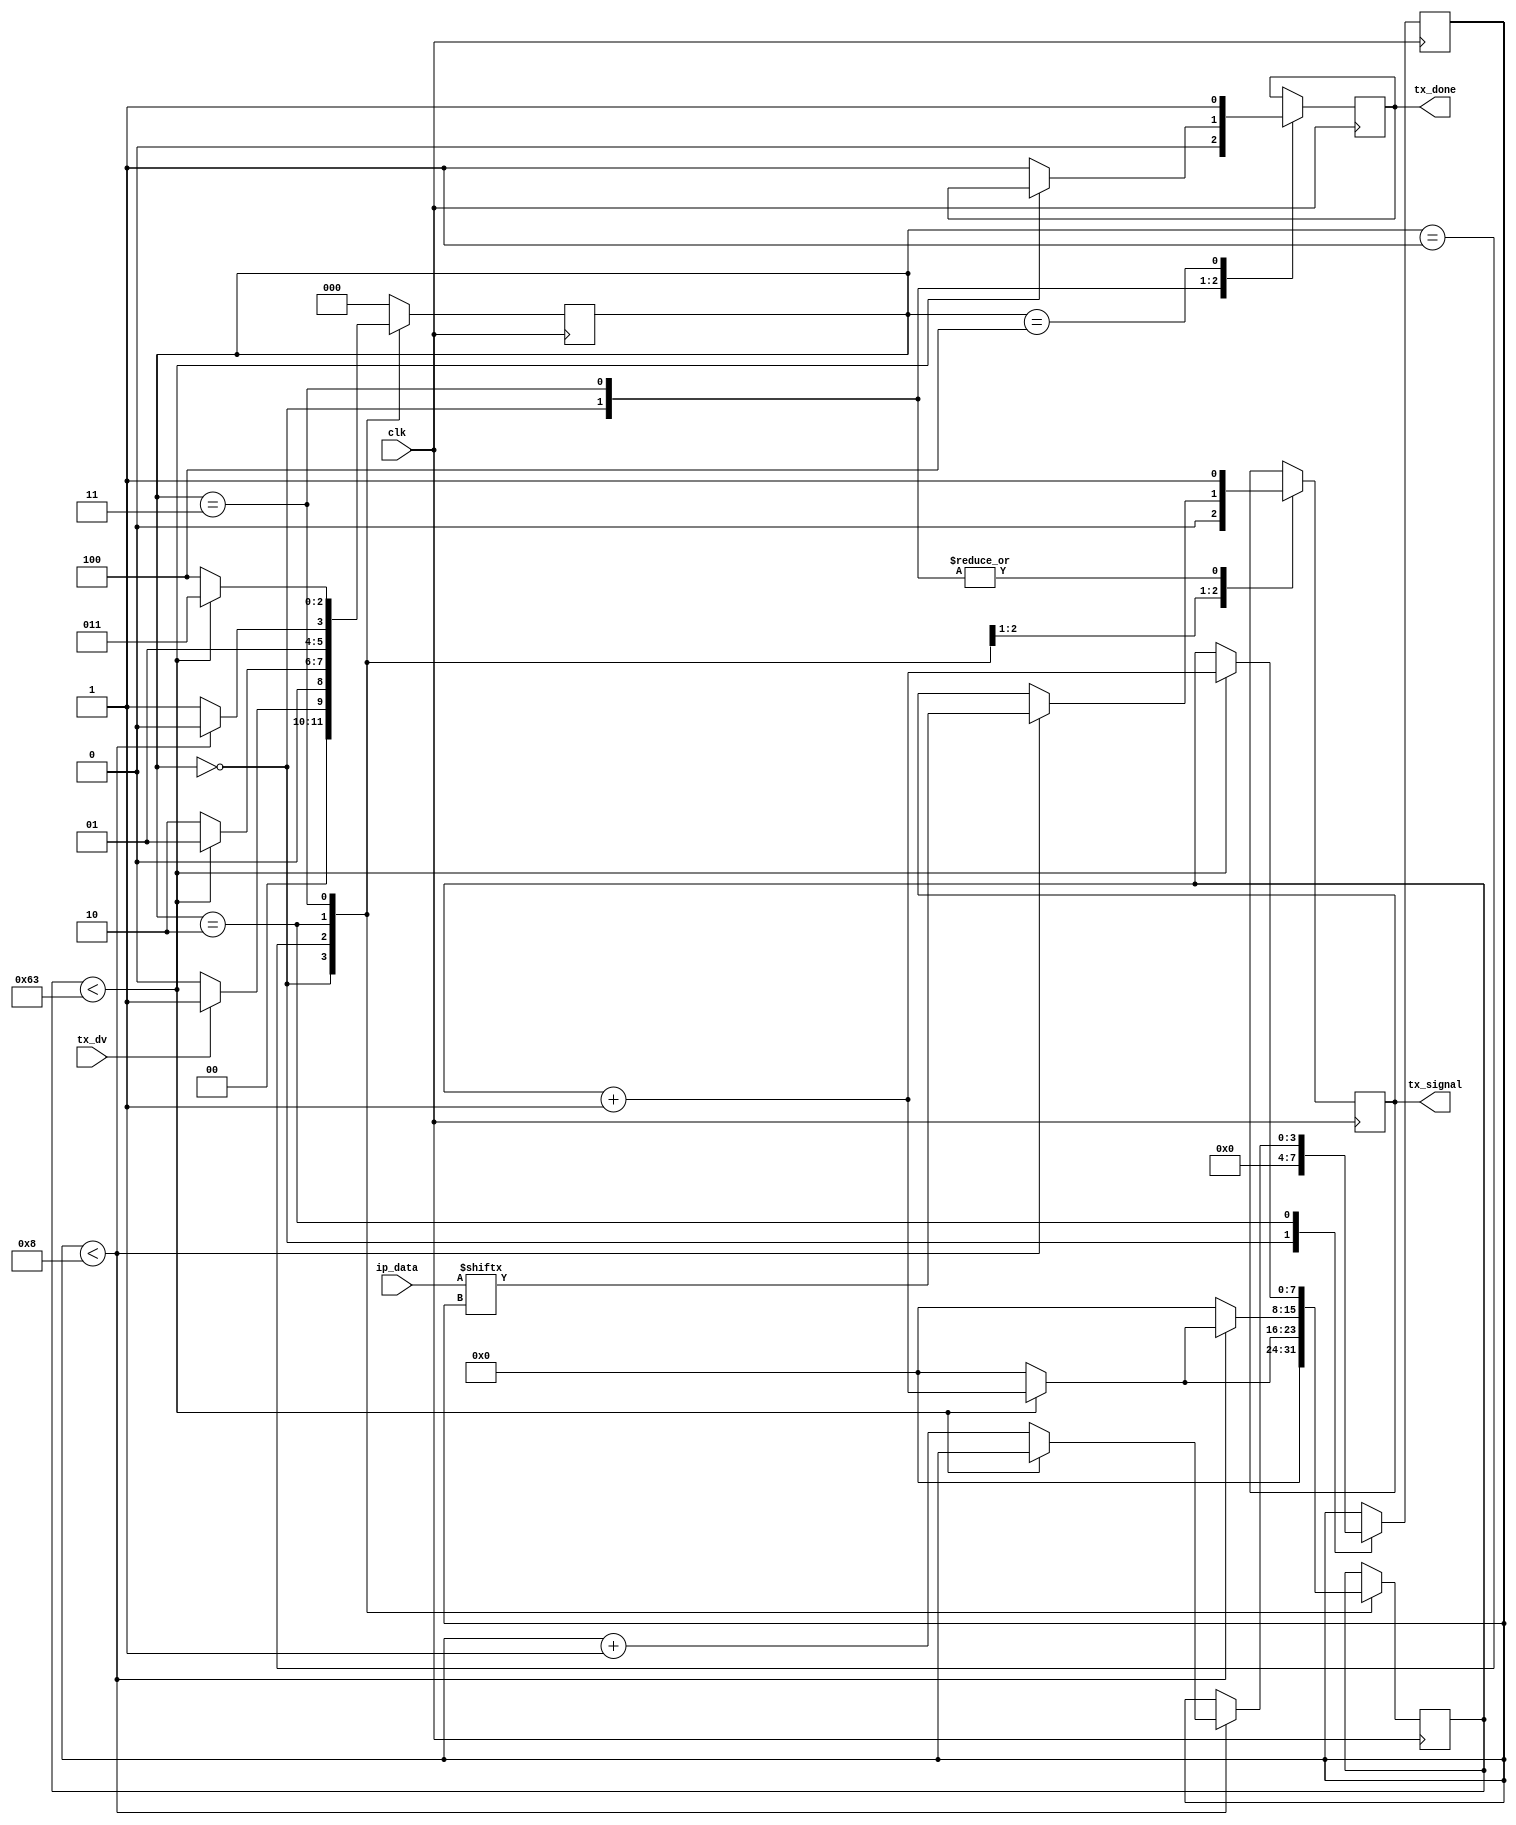
`timescale 1ns / 1ps
//////////////////////////////////////////////////////////////////////////////////
// Company: 
// Engineer: 
// 
// Design Name: 
// Module Name:    uart_tx 
// Project Name: 
// Target Devices: 
// Tool versions: 
// Description: 
//
// Dependencies: 
//
// Revision: 
// Revision 0.01 - File Created
// Additional Comments: 
//clocks per bit = (frequency of clocl avilable)/(baud rate)
//for example:
// if frequency of clock = 10Mhz, selected baud-rate = 115200
// clk_per_bit = (10000000/115200) = 87
//////////////////////////////////////////////////////////////////////////////////
module uart_tx
#(parameter clk_per_bit = 8'd100)
(
	input clk,
	input[7:0] ip_data,
	input tx_dv,
	output tx_signal,
	output tx_done
);

//fsm states
parameter idle  = 3'b000;
parameter start = 3'b001;
parameter data  = 3'b010;
parameter stop  = 3'b011;
parameter clean = 3'b100;

reg[2:0] Ps; //present state
reg[3:0] index;
reg[7:0] count;
reg data_done,tx_op;

always @(posedge clk)
begin
case(Ps)
idle:
		begin
		tx_op <= 1'b1;
		count <= 8'h00;
		index <= 4'h0;
		data_done <= 1'b0;
		if(tx_dv == 1'b1)
			Ps <= start;
		else
			Ps <= idle;
		end
start:
		begin
		tx_op <= 1'b0;
		if(count < clk_per_bit-1)
			begin
				count <= count + 1'b1;
				Ps <= start;
			end
		else
			begin
				count <= 8'h00;
				Ps <= data;
			end
		end
data:
		begin
		if( index < 4'd8 )
			begin
			tx_op <= ip_data[index];
			if(count < clk_per_bit-1)
				begin 
					count <= count + 1'b1;
				end
			else
				begin
					index <= index + 1'b1;
					count <= 8'h00;
				end
			Ps <= data;
			end
		else
			begin
				count <= 8'h00;
				Ps <= stop;
			end
		end
stop:
		begin
		tx_op <= 1'b1;
		if(count < clk_per_bit-1)
			begin
				count <= count + 1'b1;
				Ps <= stop;
			end
		else
			begin
				data_done <= 1'b1;
				Ps <= clean;
			end
		end
clean:
		begin
			data_done <= 1'b1;
			Ps <= idle;
		end

default: Ps <= idle;	
endcase
end

assign tx_signal = tx_op;
assign tx_done = data_done;
 
endmodule